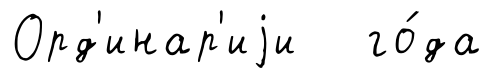
Орд'инар'иjи го́да